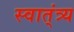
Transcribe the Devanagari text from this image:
स्वात्ंत्र्य